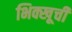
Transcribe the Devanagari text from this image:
भिक्खूची